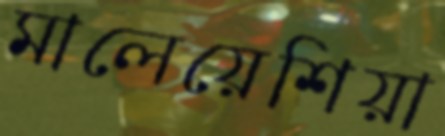
মালেয়েশিয়া